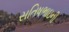
સતિષભાઇની